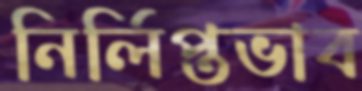
নির্লিপ্তভাব